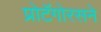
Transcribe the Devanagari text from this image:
प्रोटॅगोरसने